Tartu_Muinsuskaitse_Uhendus, lk 3
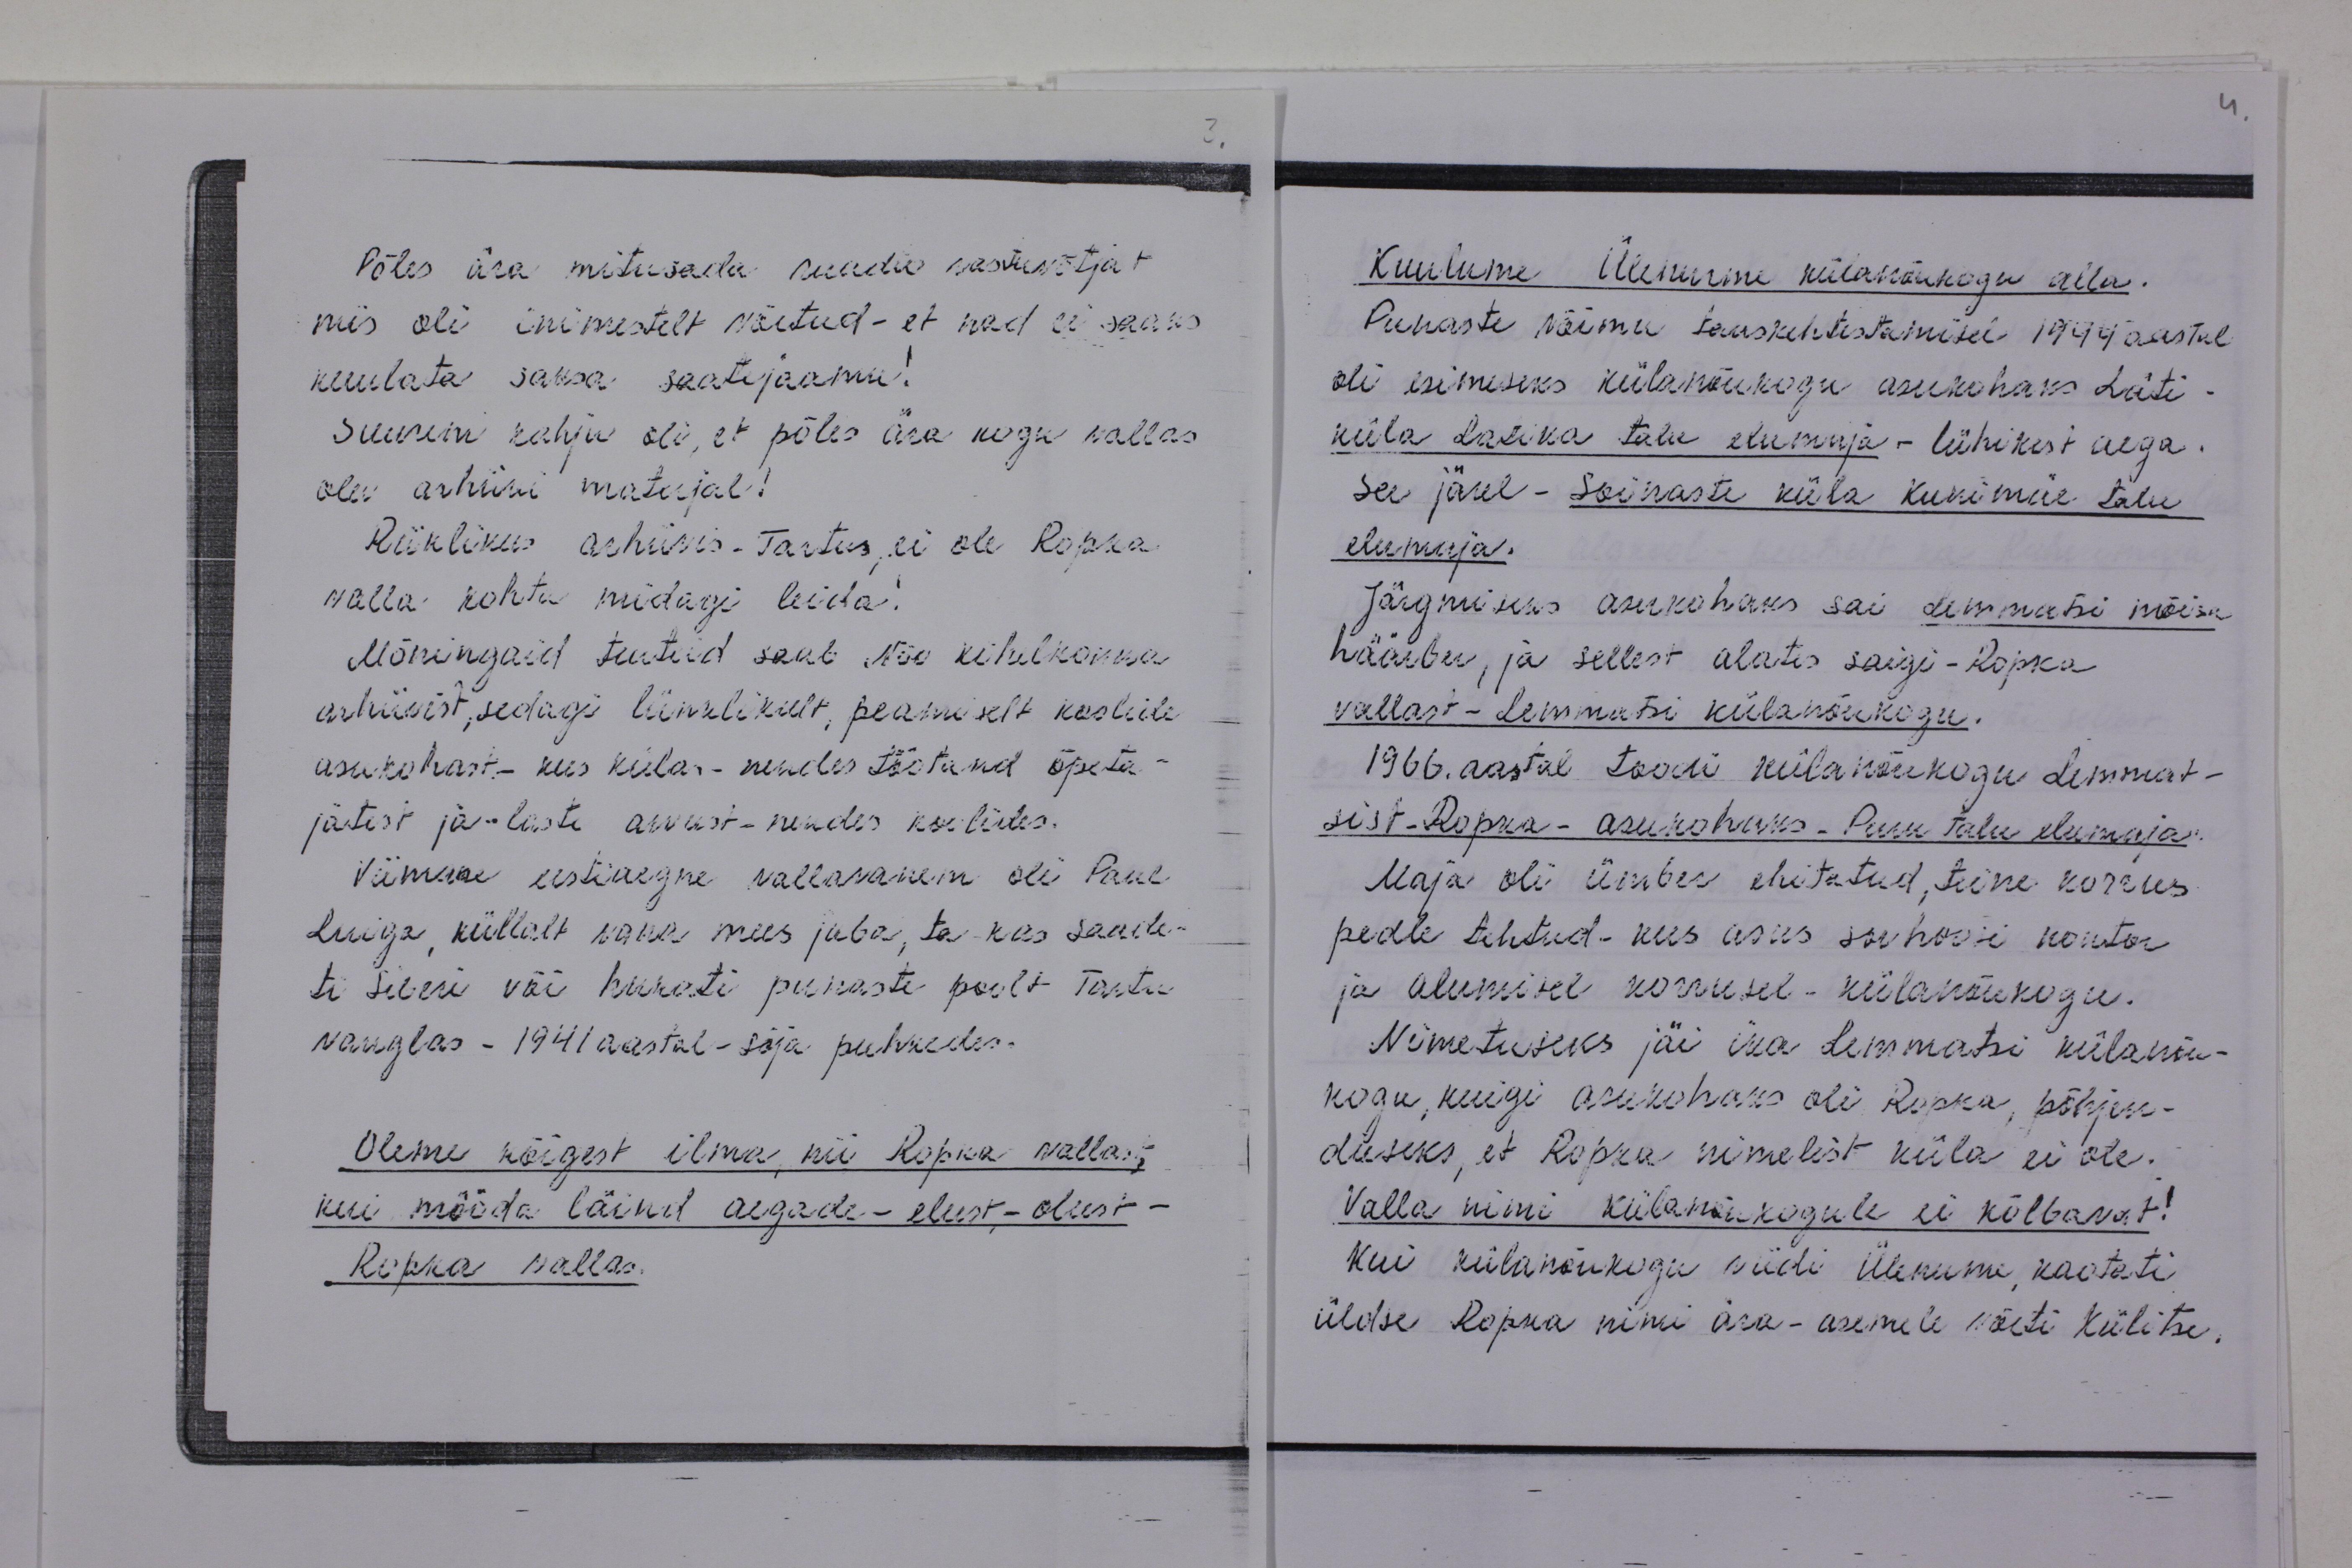
Põles ära mitusada raadio vastuvõtjat
mis oli inimestelt võetud - et nad ei saaks
kuulata saksa saatejaamu!
Suurem kahju oli, et põles ära kogu vallas
olev arhiivi materjal!
Riiklikus arhiivis - Tartus, ei ole Ropka
valla kohta midagi leida!
Mõningaid teateid saab Nõo kihelkonna
arhiivist, sedagi lünklikult, peamiselt koolide
asukohast.- kus külas- nendes töötand õpeta-
jatest ja-laste arvust-nendes koolides.
Viimane eestiaegne vallavanem oli Paul
Luiga, küllalt vana mees juba, ta kas saade-
ti Siberi või hukati punaste poolt Tartu
vanglas - 1941 aastal - sõja puhkedes.
Oleme kõigest ilma, nii Ropka vallas,
kui mööda läinud aegade - elust, - olust -
Ropka vallas.

Kuulume Ülenurme külasnõukogu alla.
Punaste võimu taaskehtestamisel 1949 aastal
oli esimeseks külanõukogu asukohaks Läti
küla Latika talu elumaja - lühikest aega.
See järel - Soinaste küla Kunimäe talu
elumaja.
Järgmiseks asukohaks sai Lemmatsi mõisa
häärber, ja sellest alates saigi-Ropka
vallast - Lemmatsi külanõukogu.
1966. aastal toodi külanõukogu Lemmat-
sist-Ropka-asukohaks - Puru talu elumaja"
Maja oli ümber ehitatud, teine korrus
peale tehtud - kus asus sovhoosi kontor
ja alumisel korrusel - külanõukogu.
Nimetuseks jäi ika Lemmatsi külanõu-
kogu, kuigi asukohaks oli Ropka, põhjen-
duseks, et Ropka nimelist küla ei ole.
Valla nimi külanõukogule ei kõlbavat!
Kui külanõukogu viidi Ülenurme, kaotati
üldse Ropka nimi ära-asemele võeti Külitse.